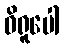
ဝိရူပေါ